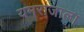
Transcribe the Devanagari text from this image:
यमराजाला